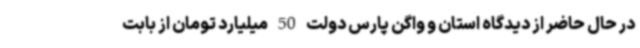
در حال حاضر از دیدگاه استان و واگن پارس دولت 50 میلیارد تومان از بابت